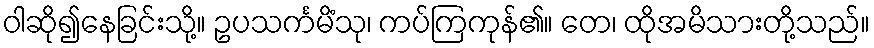
ဝါဆို၍နေခြင်းသို့။ ဥပသင်္ကမိံသု၊ ကပ်ကြကုန်၏။ တေ၊ ထိုအမိသားတို့သည်။